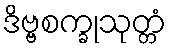
ဒိဗ္ဗစက္ခုသုတ္တံ